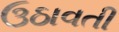
ઉઠાવતી